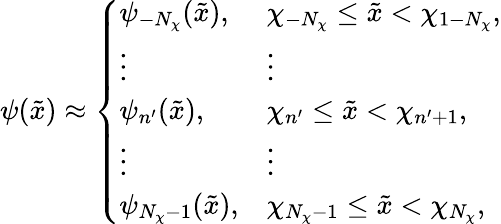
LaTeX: \psi(\tilde{x})\approx\left\{ \begin{array}{ll}{\psi_{{-}N_{\chi}}(\tilde{x}),}&{\chi_{{-}N_{\chi}}\leq\tilde{x}<\chi_{1{-}N_{\chi}},}\\ {\vdots}&{\vdots}\\ {\psi_{n^{\prime}}(\tilde{x}),}&{\chi_{n^{\prime}}\leq\tilde{x}<\chi_{n^{\prime}+1},}\\ {\vdots}&{\vdots}\\ {\psi_{N_{\chi}{-}1}(\tilde{x}),}&{\chi_{N_{\chi}{-}1}\leq\tilde{x}<\chi_{N_{\chi}},}\end{array}\right.